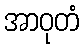
အာဝုတံ